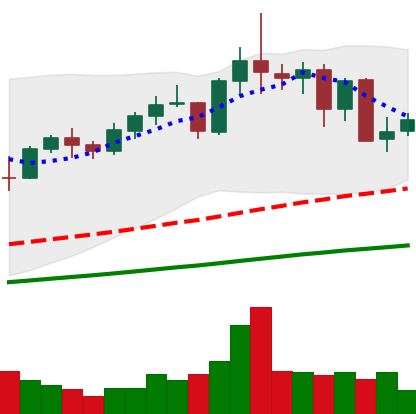
Ticker: NEO-USD
Chart end date: 2021-05-14
Forward return: -44.861%
Label: down_7plus